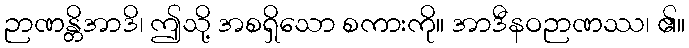
ဉာဏန္တိအာဒိ၊ ဤသို့ အစရှိသော စကားကို။ အာဒီနဝဉာဏဿ၊ ၏။